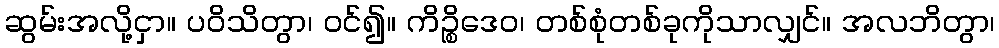
ဆွမ်းအလို့ငှာ။ ပဝိသိတွာ၊ ဝင်၍။ ကိဉ္စိဒေဝ၊ တစ်စုံတစ်ခုကိုသာလျှင်။ အလဘိတွာ၊